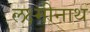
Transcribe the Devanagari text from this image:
लक्ष्मीनाथ